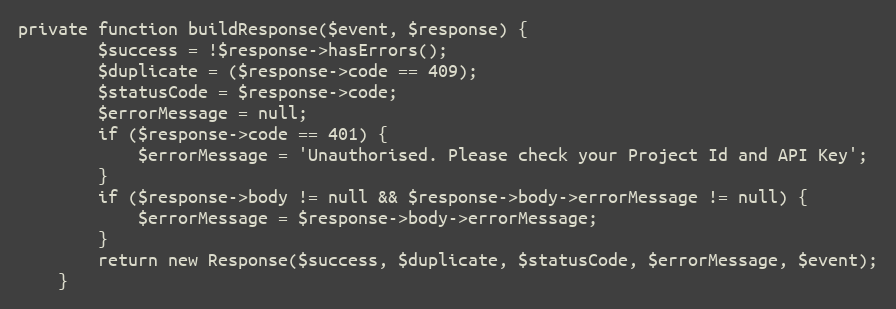
Language: PHP
private function buildResponse($event, $response) {
        $success = !$response->hasErrors();
        $duplicate = ($response->code == 409);
        $statusCode = $response->code;
        $errorMessage = null;
        if ($response->code == 401) {
            $errorMessage = 'Unauthorised. Please check your Project Id and API Key';
        }
        if ($response->body != null && $response->body->errorMessage != null) {
            $errorMessage = $response->body->errorMessage;
        }
        return new Response($success, $duplicate, $statusCode, $errorMessage, $event);
    }